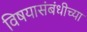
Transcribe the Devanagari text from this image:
विषयासंबंधीच्या